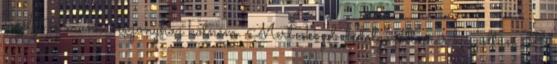
segélyt is munkaviszonyhoz kötném. Mert aki pl. ledolgozott már.igazoltan.38